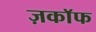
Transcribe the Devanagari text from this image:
ज़काॅफ